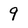
Character: 9